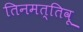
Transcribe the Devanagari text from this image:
तिनमत्तिवू